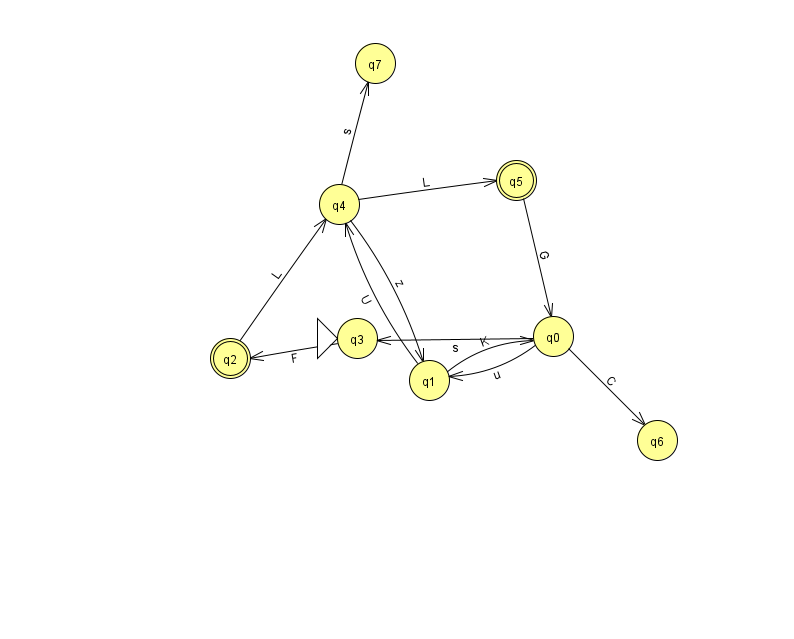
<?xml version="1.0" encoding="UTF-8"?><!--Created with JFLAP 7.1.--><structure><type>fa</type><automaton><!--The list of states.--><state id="0" name="q0"><x>553.0</x><y>323.0</y></state><state id="1" name="q1"><x>429.0</x><y>367.0</y></state><state id="2" name="q2"><x>230.0</x><y>345.0</y><final/></state><state id="3" name="q3"><x>357.0</x><y>325.0</y><initial/></state><state id="4" name="q4"><x>339.0</x><y>191.0</y></state><state id="5" name="q5"><x>516.0</x><y>167.0</y><final/></state><state id="6" name="q6"><x>657.0</x><y>427.0</y></state><state id="7" name="q7"><x>375.0</x><y>50.0</y></state><!--The list of transitions.--><transition><from>0</from><to>3</to><read>s</read></transition><transition><from>1</from><to>0</to><read>K</read></transition><transition><from>4</from><to>1</to><read>z</read></transition><transition><from>4</from><to>5</to><read>L</read></transition><transition><from>2</from><to>4</to><read>L</read></transition><transition><from>0</from><to>1</to><read>u</read></transition><transition><from>1</from><to>4</to><read>U</read></transition><transition><from>0</from><to>6</to><read>C</read></transition><transition><from>3</from><to>2</to><read>F</read></transition><transition><from>5</from><to>0</to><read>G</read></transition><transition><from>4</from><to>7</to><read>s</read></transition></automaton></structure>